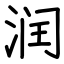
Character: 润